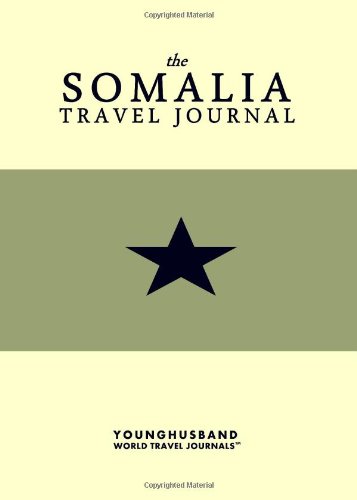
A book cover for The Somalia Travel Journal; Younghusband World Travel Journals; Travel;